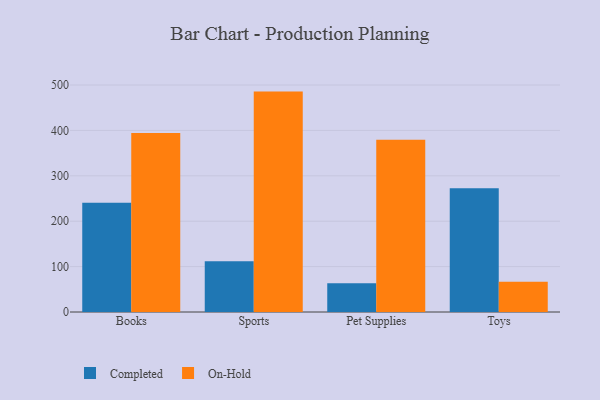
{"axis": {"x": "Category", "y": "Humidity (%)"}, "legend": ["Completed", "On-Hold"], "data": [{"x": "Books", "y": 240.5, "type": "Completed"}, {"x": "Books", "y": 394.3, "type": "On-Hold"}, {"x": "Sports", "y": 112.0, "type": "Completed"}, {"x": "Sports", "y": 485.5, "type": "On-Hold"}, {"x": "Pet Supplies", "y": 63.5, "type": "Completed"}, {"x": "Pet Supplies", "y": 379.2, "type": "On-Hold"}, {"x": "Toys", "y": 272.5, "type": "Completed"}, {"x": "Toys", "y": 66.6, "type": "On-Hold"}]}